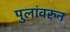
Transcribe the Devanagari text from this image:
पुलांवरुन